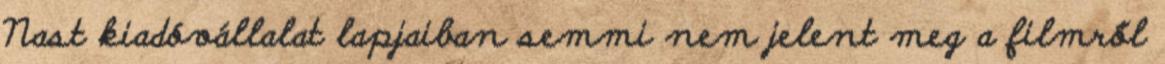
Nast kiadóvállalat lapjaiban semmi nem jelent meg a filmről